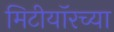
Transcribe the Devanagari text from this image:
मिटीयॉरच्या